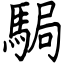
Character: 駶